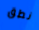
نطق